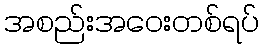
အစည်းအဝေးတစ်ရပ်